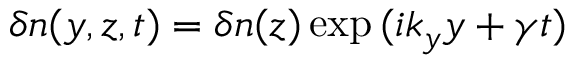
\delta n ( y , z , t ) = \delta n ( z ) \exp { ( i k _ { y } y + \gamma t ) }